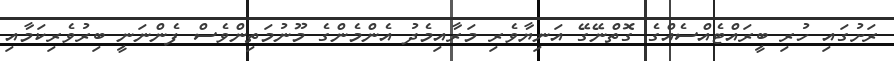
ރަށުގައި ހުރި ބީރައްޓެއްސެއްގެ ގޮތްނޭގޭ އަނިޔާވެރި މަރާއިމެދު އެންމެންގެ މޫނުމަތިންވެސް ފެންނަނީ ބިރުވެރިކަމާއި